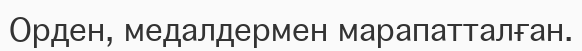
Орден, медалдермен марапатталған.